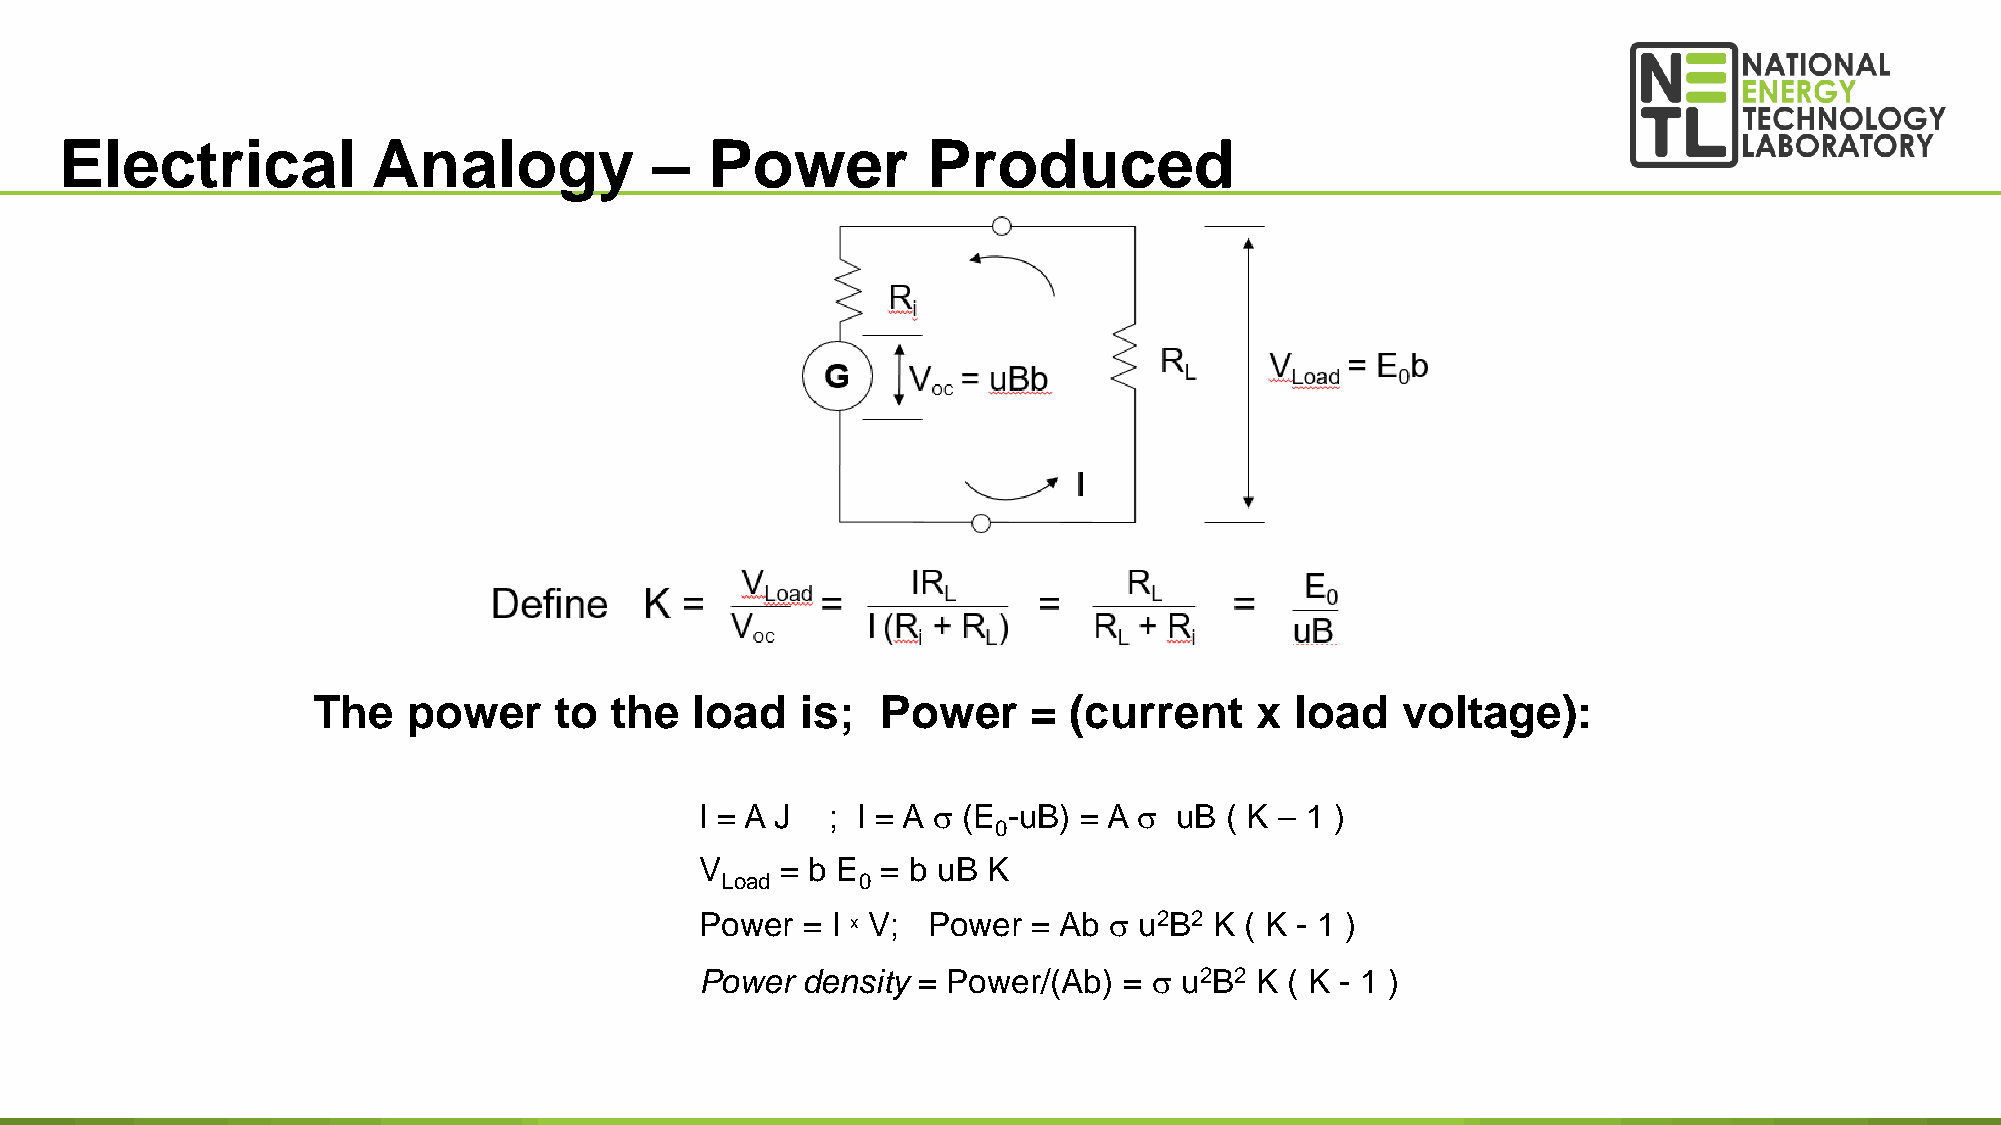
Electrical           Analogy           –   Power         Produced
 The   power     to the   load   is;  Power     =  (current    x  load   voltage):
 I = A J  ; I = A s (E -uB) = A s uB ( K – 1 )
 0
 V     = b E = b uB K
 Load     0
 Power  = I x V; Power = Ab s u2B2 K ( K - 1 )
 Power  density = Power/(Ab) = s u2B2 K ( K - 1 )
 16